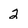
Character: 2